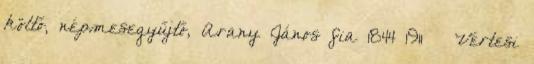
költő, népmesegyűjtő, Arany János fia 1844 1911 – Vértesi